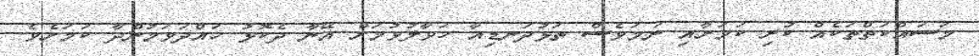
މަސައްކަތްތަކެއް ކުރި ކަމަށާއި ނަމަވެސް ތަޅުދަނޑިއާ ހަވާލުވުމަށް އޭނާ ދެކޮޅު ހައްދަވަމުންދާ ކަމަށެވެ.